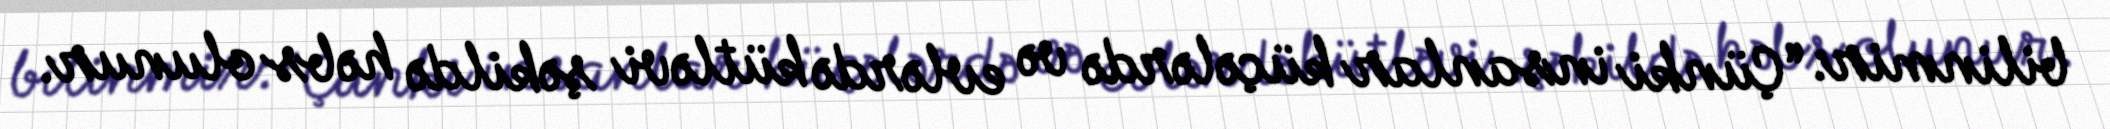
bilinmir: “Çünki insanlar küçələrdə və evlərdə kütləvi şəkildə həbs olunur.